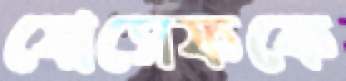
যোসেফকে